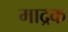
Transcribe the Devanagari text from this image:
माद्रक